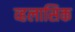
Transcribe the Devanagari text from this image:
व्हलासिक